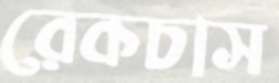
রেকচাস